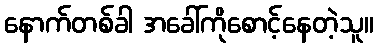
နောက်တစ်ခါ အခေါ်ကိုစောင့်နေတဲ့သူ။